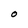
Character: O